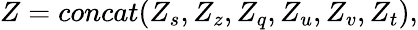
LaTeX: Z=concat(Z_{s},Z_{z},Z_{q},Z_{u},Z_{v},Z_{t}),